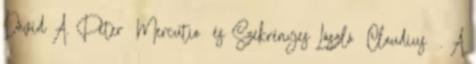
Dávid A. Péter Mercutio és Szekrényes László Claudius . A